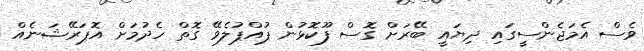
ވެސް އެމަޖެންސީގައި ދިޔައީ ބޭރަށް ގޮސް ފޫކޮޅުން ޕުއްޕުލެވޭ ގޮތް ހެދުމަށް އޮޕަރޭޝަނެއް